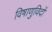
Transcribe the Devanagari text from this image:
विषाणुविदों